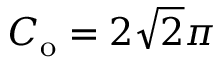
C _ { \mathrm { o } } = 2 \sqrt { 2 } \pi